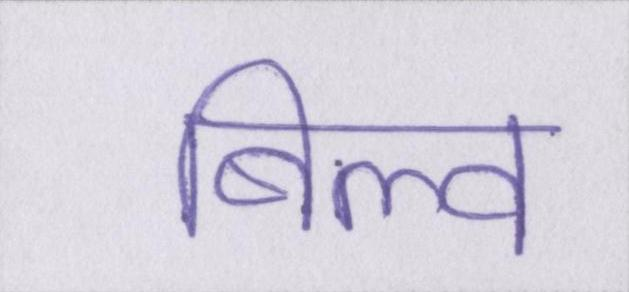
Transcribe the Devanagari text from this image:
बिल्व